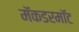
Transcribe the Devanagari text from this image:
मॅकडरमॉट